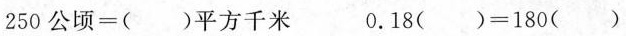
250公顷=()平方千米 0.18()=180()